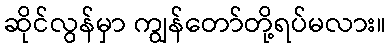
ဆိုင်လွန်မှာ ကျွန်တော်တို့ရပ်မလား။